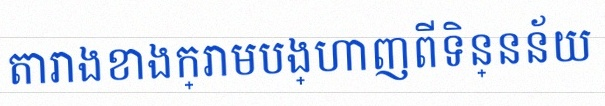
តារាងខាងក្រោមបង្ហាញពីទិន្នន័យ